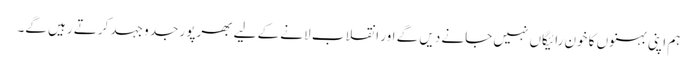
ہم اپنی بہنوں کا خون رائیگاں نہیں جانے دیں گے اور انقلاب لانے کے لیے بھرپور جد و جہد کرتے رہیں گے۔